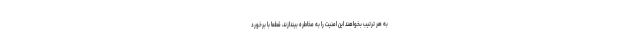
به هر ترتیب بخواهند این امنیت را به مخاطره بیندازند، قطعا با برخورد